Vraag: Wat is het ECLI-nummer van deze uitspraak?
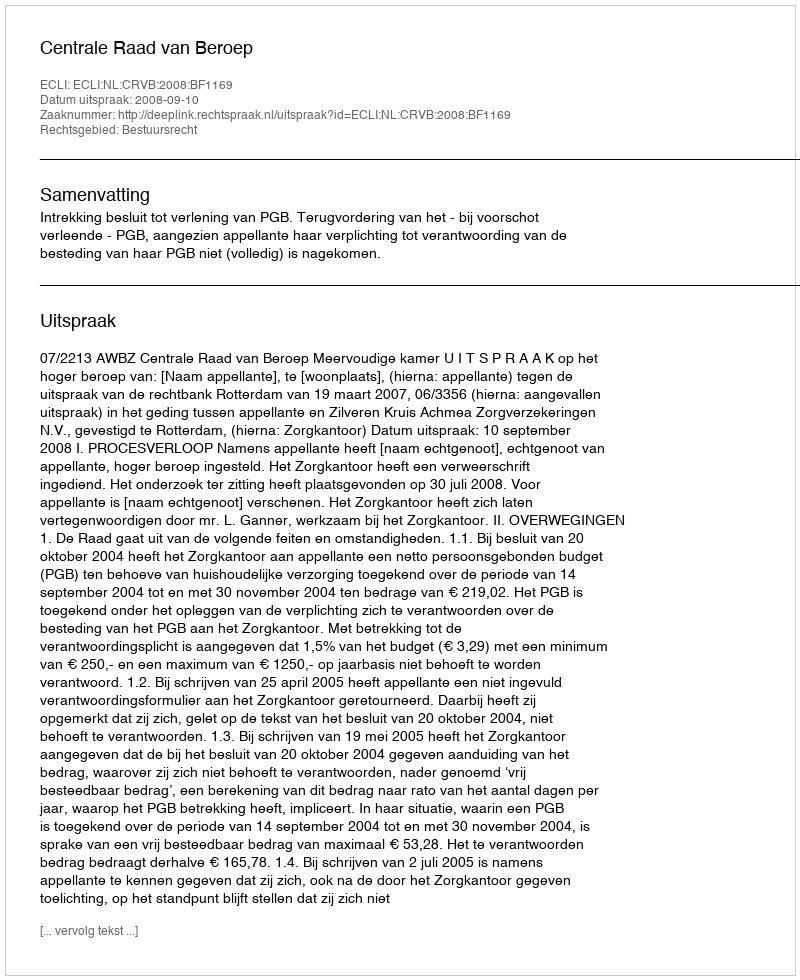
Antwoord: ECLI:NL:CRVB:2008:BF1169